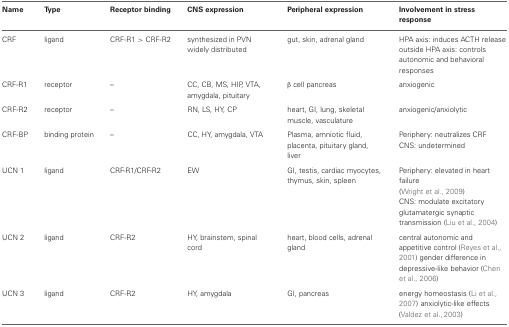
<table><thead><tr><td><b>Name</b></td><td><b>Type</b></td><td><b>Receptor binding</b></td><td><b>CNS expression</b></td><td><b>Peripheral expression</b></td><td><b>Involvement in stress response</b></td></tr></thead><tbody><tr><td>CRF</td><td>ligand</td><td>CRF-R1 &gt; CRF-R2</td><td>synthesized in PVN widely distributed</td><td>gut, skin, adrenal gland</td><td>HPA axis: induces ACTH release outside HPA axis: controls autonomic and behavioral responses</td></tr><tr><td>CRF-R1</td><td>receptor</td><td>–</td><td>CC, CB, MS, HIP, VTA, amygdala, pituitary</td><td>β cell pancreas</td><td>anxiogenic</td></tr><tr><td>CRF-R2</td><td>receptor</td><td>–</td><td>RN, LS, HY, CP</td><td>heart, GI, lung, skeletal muscle, vasculature</td><td>anxiogenic/anxiolytic</td></tr><tr><td>CRF-BP</td><td>binding protein</td><td>–</td><td>CC, HY, amygdala, VTA</td><td>Plasma, amniotic fluid, placenta, pituitary gland, liver</td><td>Periphery: neutralizes CRF CNS: undetermined</td></tr><tr><td>UCN 1</td><td>ligand</td><td>CRF-R1/CRF-R2</td><td>EW</td><td>GI, testis, cardiac myocytes, thymus, skin, spleen</td><td>Periphery: elevated in heart failure (Wright et al., 2009) CNS: modulate excitatory glutamatergic synaptic transmission (Liu et al., 2004)</td></tr><tr><td>UCN 2</td><td>ligand</td><td>CRF-R2</td><td>HY, brainstem, spinal cord</td><td>heart, blood cells, adrenal gland</td><td>central autonomic and appetitive control (Reyes et al., 2001) gender difference in depressive-like behavior (Chen et al., 2006)</td></tr><tr><td>UCN 3</td><td>ligand</td><td>CRF-R2</td><td>HY, amygdala</td><td>GI, pancreas</td><td>energy homeostasis (Li et al., 2007) anxiolytic-like effects (Valdez et al., 2003)</td></tr></tbody></table>